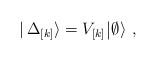
LaTeX: \begin{align*} |\, \Delta_{\lbrack k\rbrack} \rangle= V_{\lbrack k\rbrack}\,\vline \,\emptyset\rangle~,\end{align*}